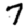
Digit: 7